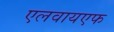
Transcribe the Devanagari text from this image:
एलवायएफ